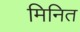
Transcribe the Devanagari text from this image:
मिनित